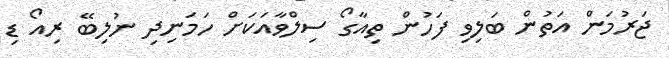
ޖަރުމަން އަތުން ބަލިވި ފަހުން ތިއާގޯ ސިލްވާއަކަށް ހަމަނިދި ނުލިބޭ ރިއޯ ޑި